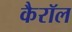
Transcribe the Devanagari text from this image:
कैरॉल